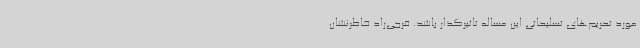
مورد تحریم‌های تسلیحاتی این مساله تاثیرگذار باشد. فرجی‌راد خاطرنشان